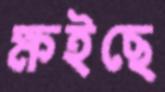
ক্ষইছে